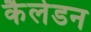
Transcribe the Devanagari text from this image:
कैलेडन